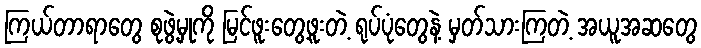
ကြယ်တာရာတွေ စုဖွဲ့မှုကို မြင်ဖူးတွေ့ဖူးတဲ့ ရုပ်ပုံတွေနဲ့ မှတ်သားကြတဲ့ အယူအဆတွေ